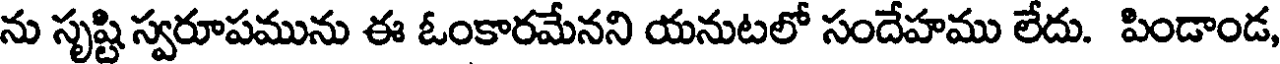
ను సృష్టి స్వరూపమును ఈ ఓంకారమేనని యనుటలో సందేహము లేదు. పిండాండ,